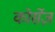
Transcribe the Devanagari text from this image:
कोर्सेज़